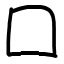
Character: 囗